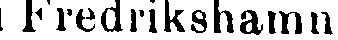
Fredrikshamn